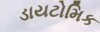
ડાયટોમિક